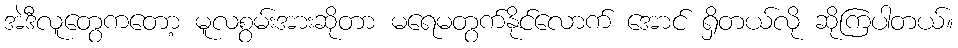
အဲဒီလူတွေကတော့ မူလစွမ်းအားဆိုတာ မရေမတွက်နိုင်လောက် အောင် ရှိတယ်လို ဆိုကြပါတယ်။